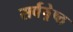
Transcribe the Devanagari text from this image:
सर्वष्रेष्ठ